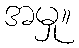
အမှု။